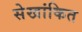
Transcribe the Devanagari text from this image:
सेखांकित